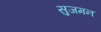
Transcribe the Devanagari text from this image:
सुजमन